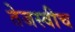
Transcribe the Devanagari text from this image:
तेजस्वीच